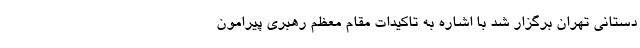
دستانی تهران برگزار شد با اشاره به تاکیدات مقام معظم رهبری پیرامون